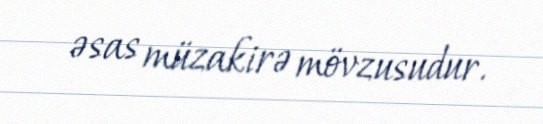
əsas müzakirə mövzusudur.